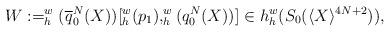
LaTeX: \begin{align*}W:= _h^w (\overline{q}_0^N (X)) [ _h^w(p_1), _h^w (q_0^N (X))]\in h_h^w(S_0(\langle X\rangle^{4N+2})),\end{align*}